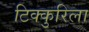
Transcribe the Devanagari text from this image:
टिक्कुरिला